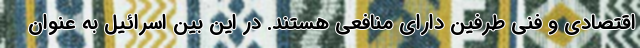
اقتصادی و فنی طرفین دارای منافعی هستند. در این بین اسرائیل به عنوان